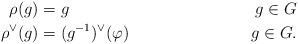
LaTeX: \begin{align*}\rho(g)&=g & g \in G \\\rho^{\vee}(g)&= (g^{-1})^{\vee}(\varphi)& g \in G.\end{align*}